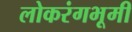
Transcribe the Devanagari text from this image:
लोकरंगभूमी